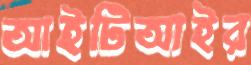
আইটিআইর